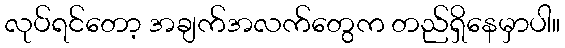
လုပ်ရင်တော့ အချက်အလက်တွေက တည်ရှိနေမှာပါ။